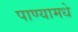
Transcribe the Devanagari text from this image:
पाण्यामधे